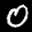
Label: 0